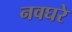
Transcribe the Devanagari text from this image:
नवघरे